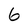
Character: 6